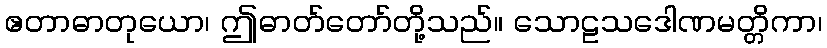
ဧတာဓာတုယော၊ ဤဓာတ်တော်တို့သည်။ သောဠသဒေါဏမတ္တိကာ၊